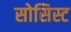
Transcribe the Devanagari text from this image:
सोसिस्ट